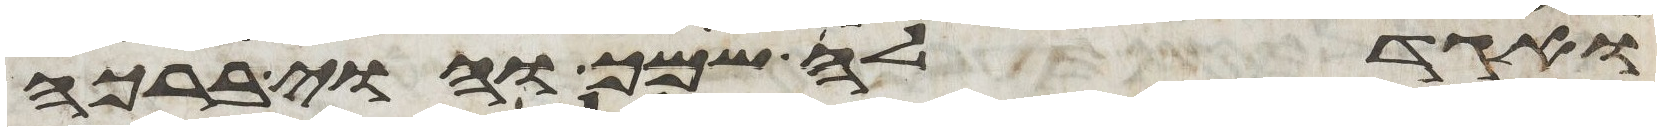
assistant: ואגדלה שמך והוי ברכה